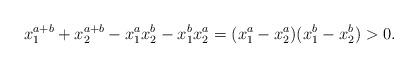
LaTeX: \begin{align*}x_1^{a+b} + x_2^{a+b} - x_1^ax_2^b - x_1^bx_2^a = (x_1^a-x_2^a)(x_1^b-x_2^b) > 0. \end{align*}